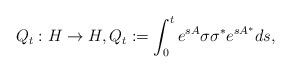
LaTeX: \begin{align*} Q_t:H \to H, Q_{t}:=\int_{0}^{t}e^{sA}\sigma\sigma^{\ast}e^{sA^{\ast}}ds,\end{align*}